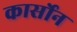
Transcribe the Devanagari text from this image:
कार्सोन